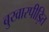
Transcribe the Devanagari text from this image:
बुखारपीड़ित